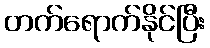
တက်ရောက်နိုင်ပြီး